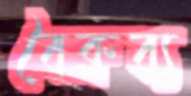
বৈক্লব্য